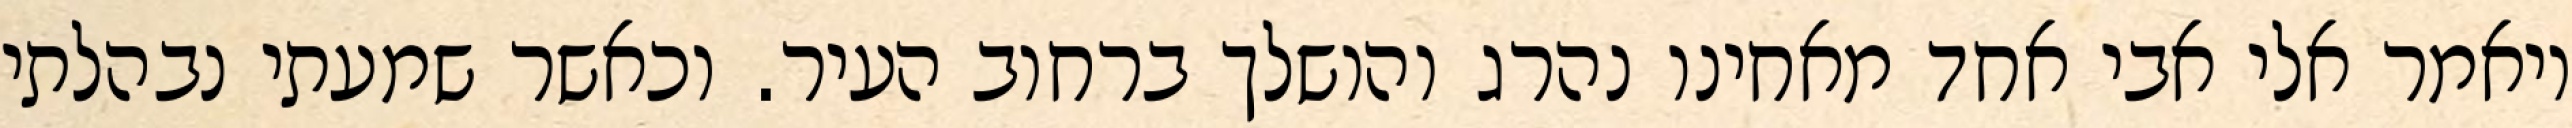
ויאמר אלי אבי אחד מאחינו נהרג והושלך ברחוב העיר. וכאשר שמעתי נבהלתי